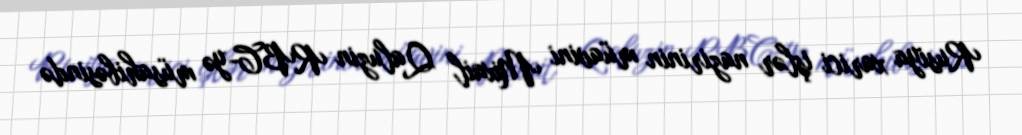
Rusiya xarici işlər nazirinin müavini Mixail Qaluzin RBC-yə müsahibəsində